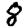
Digit: 8